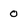
Character: 0